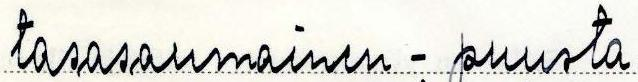
tasasaumainen - puusta